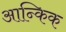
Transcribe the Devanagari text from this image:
आन्किक